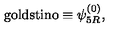
\mathrm { g o l d s t i n o } \equiv \psi _ { 5 R } ^ { ( 0 ) } ,